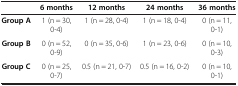
<table><thead><tr><td><b> </b></td><td><b>6 months</b></td><td><b>12 months</b></td><td><b>24 months</b></td><td><b>36 months</b></td></tr></thead><tbody><tr><td><b>Group A</b></td><td>1 (n = 30, 0-4)</td><td>1 (n = 28, 0-4)</td><td>1 (n = 18, 0-4)</td><td>0 (n = 11, 0-1)</td></tr><tr><td><b>Group B</b></td><td>0 (n = 52, 0-9)</td><td>0 (n = 35, 0-6)</td><td>1 (n = 23, 0-6)</td><td>0 (n = 10, 0-3)</td></tr><tr><td><b>Group C</b></td><td>0 (n = 25, 0-7)</td><td>0.5 (n = 21, 0-7)</td><td>0.5 (n = 16, 0-2)</td><td>0 (n = 10, 0-1)</td></tr></tbody></table>